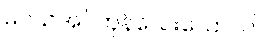
မပယ်အပ်ကုန်သေးသော။ ပါပ